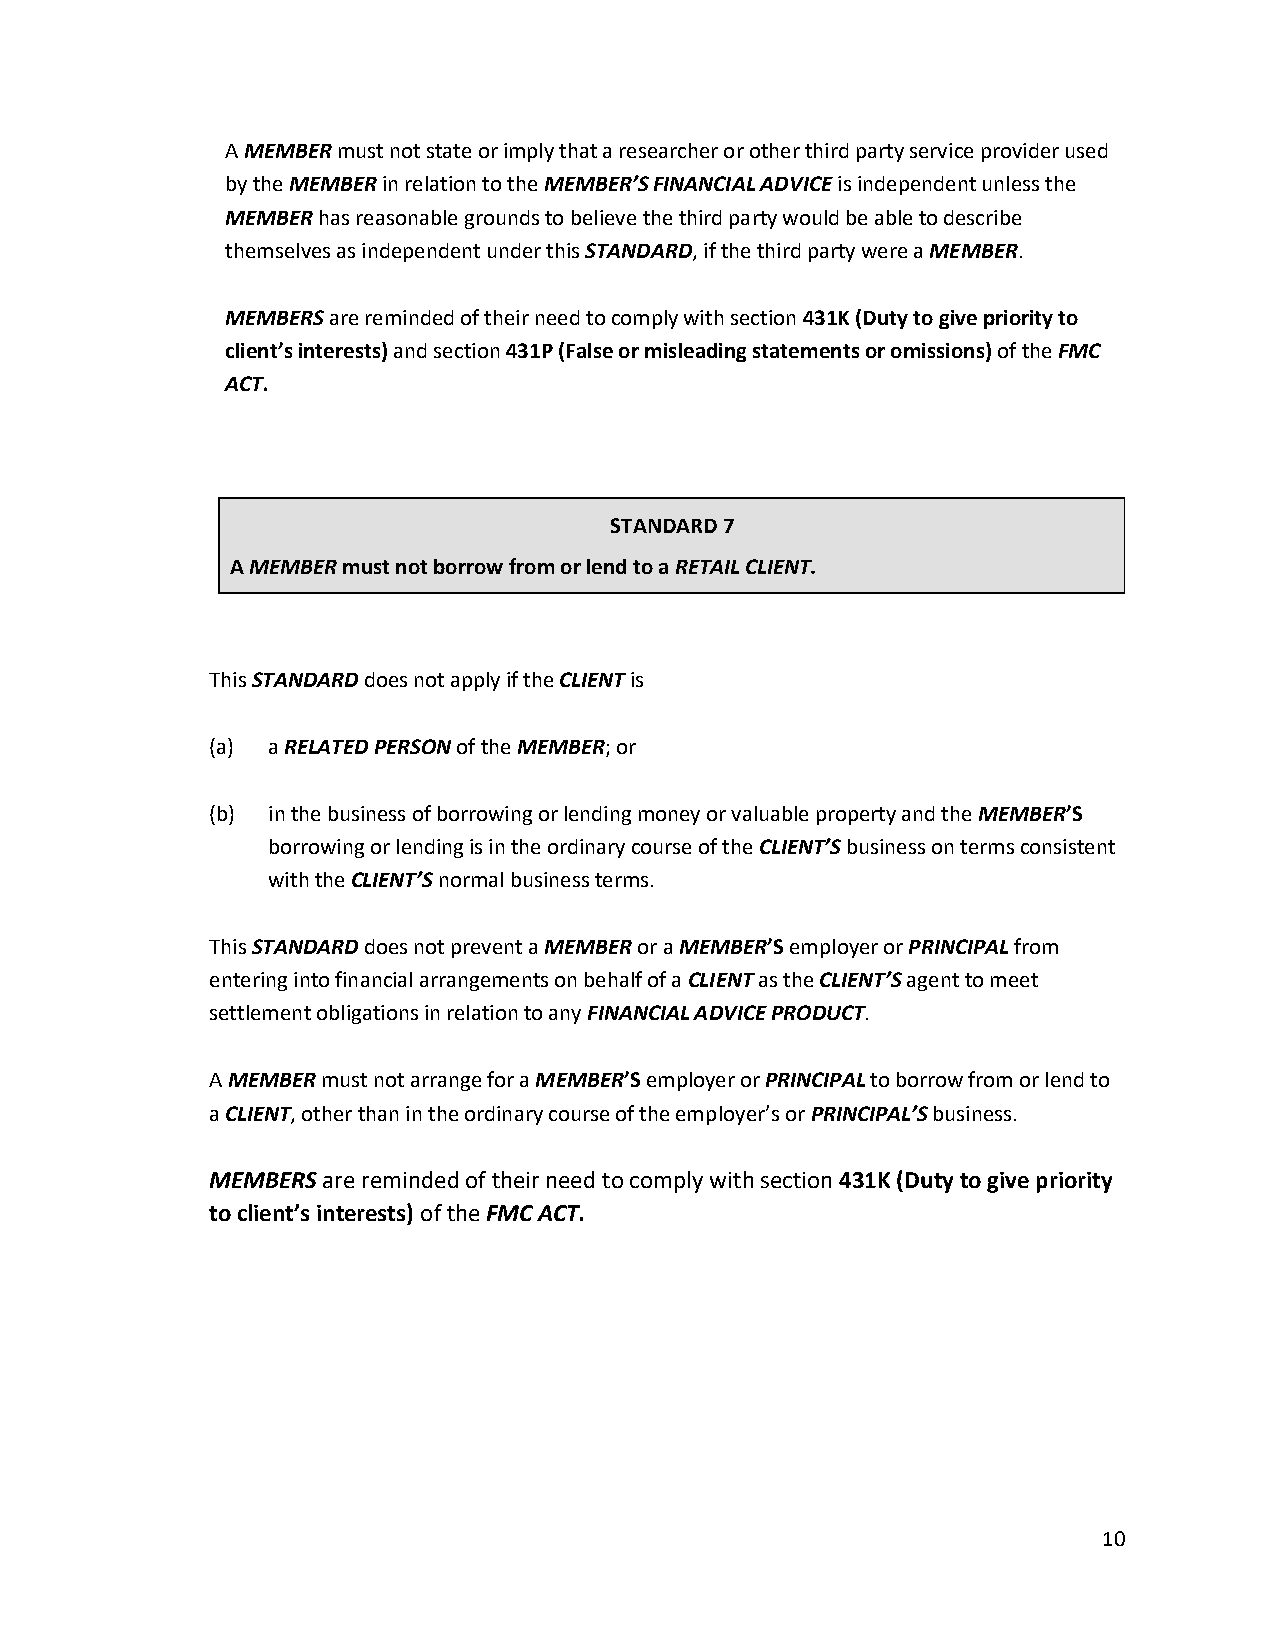
A MEMBER must not state or imply that a researcher or other third party service provider used
 by the MEMBER in relation to the MEMBER’S FINANCIAL ADVICE is independent unless the
 MEMBER has reasonable grounds to believe the third party would be able to describe
 themselves as independent under this STANDARD, if the third party were a MEMBER.
 MEMBERS are reminded of their need to comply with section 431K (Duty to give priority to
 client’s interests) and section 431P (False or misleading statements or omissions) of the FMC
 ACT.
 STANDARD 7
 A MEMBER must not borrow from or lend to a RETAIL CLIENT.
 This STANDARD does not apply if the CLIENT is
 (a) a RELATED PERSON of the MEMBER; or
 (b) in the business of borrowing or lending money or valuable property and the MEMBER’S
 borrowing or lending is in the ordinary course of the CLIENT’S business on terms consistent
 with the CLIENT’S normal business terms.
 This STANDARD does not prevent a MEMBER or a MEMBER’S employer or PRINCIPAL from
 entering into financial arrangements on behalf of a CLIENT as the CLIENT’S agent to meet
 settlement obligations in relation to any FINANCIAL ADVICE PRODUCT.
 A MEMBER must not arrange for a MEMBER’S employer or PRINCIPAL to borrow from or lend to
 a CLIENT, other than in the ordinary course of the employer’s or PRINCIPAL’S business.
 MEMBERS are reminded of their need to comply with section 431K (Duty to give priority
 to client’s interests) of the FMC ACT.
 10